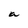
Character: a